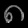
Digit: ၈